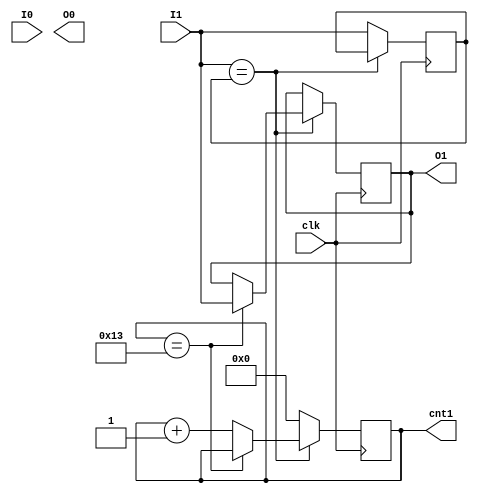
module debouncer(
    input clk,
    input I0,
    input I1,
    output reg O0,
    output reg O1,
	 output reg [4:0] cnt1
    );
    
    reg [4:0] cnt1;
    reg Iv0=0,Iv1=0;
    reg out0, out1;
    
always@(posedge(clk))begin
    if (I1==Iv1)begin
            if (cnt1==19)O1<=I1;
            else cnt1<=cnt1+1;
          end
        else begin
            cnt1<=5'b00000;
            Iv1<=I1;
        end
    end
    
endmodule